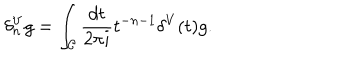
LaTeX: \delta _ { n } ^ { V } g = \int _ { \cal C } { \frac { d t } { 2 \pi i } } t ^ { - n - 1 } \delta ^ { V } ( t ) g .